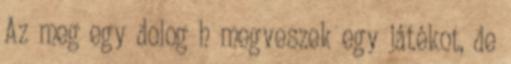
Az meg egy dolog h megveszek egy játékot, de